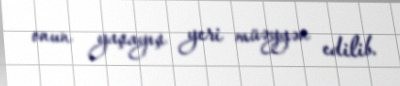
onun yaşayış yeri müəyyən edilib.